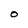
Character: 0